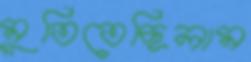
মুতিতেছিলাম